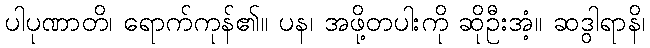
ပါပုဏာတိ၊ ရောက်ကုန်၏။ ပန၊ အဖို့တပါးကို ဆိုဦးအံ့။ ဆဒွါရာနိ၊